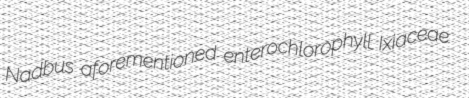
Nadbus aforementioned enterochlorophyll Ixiaceae